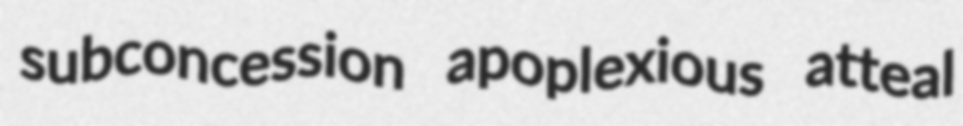
subconcession apoplexious atteal